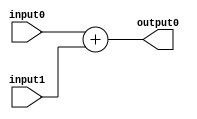
`timescale 1ns / 1ps
//////////////////////////////////////////////////////////////////////////////////
// Company: 
// Engineer: 
// 
// Design Name: 
// Module Name: ADDER
// Project Name: 
// Target Devices: 
// Tool Versions: 
// Description: 
// 
// Dependencies: 
// 
// Revision:
// Revision 0.01 - File Created
// Additional Comments:
// 
//////////////////////////////////////////////////////////////////////////////////


module ADDER(
input [31:0] input0,
input [31:0] input1,
output [31:0] output0
    );
    
assign output0 = input0 + input1;   
    
endmodule